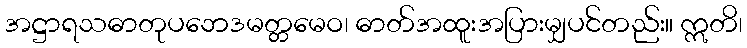
အဋ္ဌာရသဓာတုပဘေဒမတ္တမေဝ၊ ဓာတ်အထူးအပြားမျှပင်တည်း။ ဣတိ၊